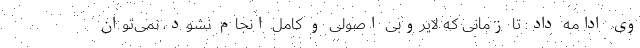
وی ادامه داد: تا زمانی که لایروبی اصولی و کامل انجام نشود، نمی‌توان